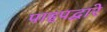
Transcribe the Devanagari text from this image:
पाइपद्वारे